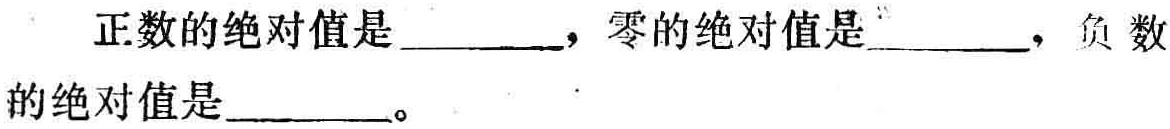
正数的绝对值是\_\_\_\_\_，零的绝对值是\_\_\_\_\_，负数的绝对值是\_\_\_\_\_。